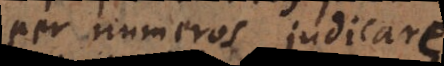
per numeros judicare